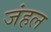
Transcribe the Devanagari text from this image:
जंहल